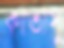
কাতাসু